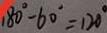
1 8 0 ^ { \circ } - 6 0 ^ { \circ } = 1 2 0 ^ { \circ }